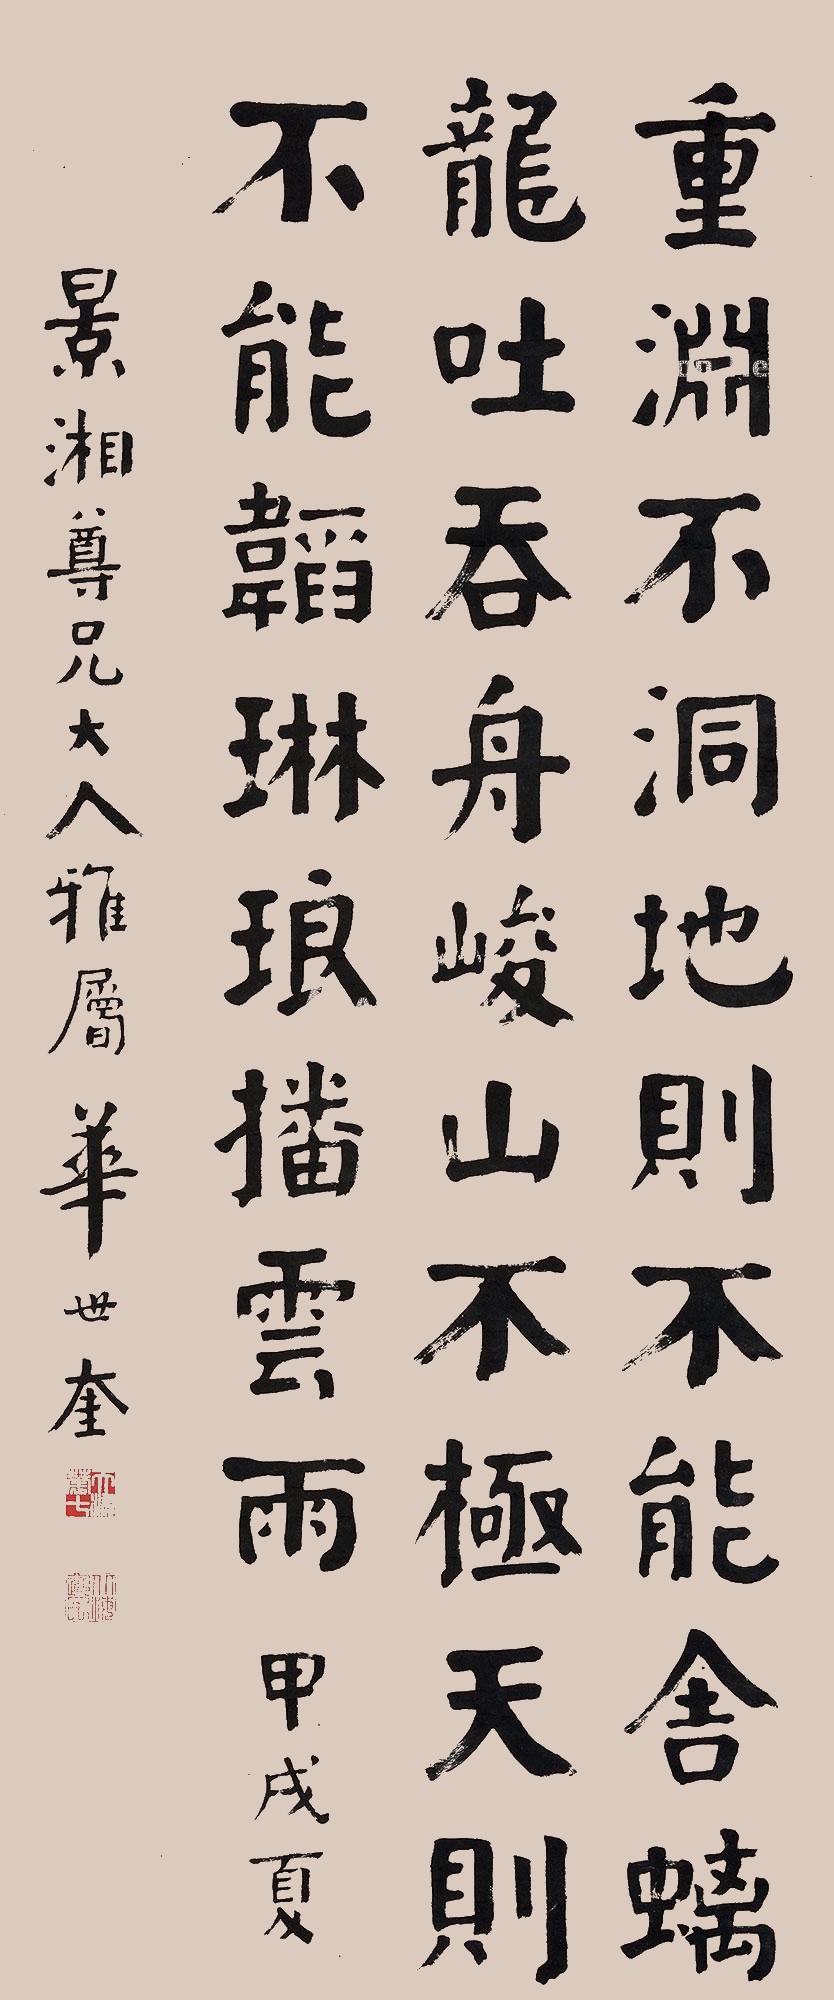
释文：重渊不洞地，则不能含螭龙吐吞舟；峻山不极天，则不能韬琳琅播云雨。甲戌夏，景湘尊兄大人雅属。华世奎。